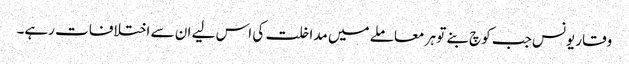
وقار یونس جب کوچ بنے تو ہر معاملے میں مداخلت کی اس لیے ان سے اختلافات رہے۔